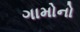
ગામોનો